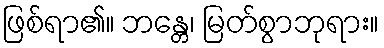
ဖြစ်ရာ၏။ ဘန္တေ၊ မြတ်စွာဘုရား။